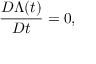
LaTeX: \frac { { \cal D } \Lambda ( t ) } { { \cal D } t } = 0 ,